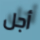
أجل